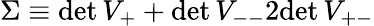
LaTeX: \Sigma\equiv\textup{det}\, V_{+}+\textup{det}\, V_{--}2\textup{det}\, V_{+-}